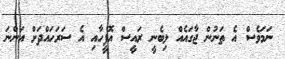
ނަމަވެސް އެ ތަނުން ޖާގައެއް ލިބެނީ ރައީސް އޮފީހާއި އެ ސަރަހައްދަށް އަންނަ